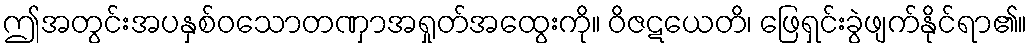
ဤအတွင်းအပနှစ်ဝသောတဏှာအရှုတ်အထွေးကို။ ဝိဇဋယေတိ၊ ဖြေရှင်းခွဲဖျက်နိုင်ရာ၏။